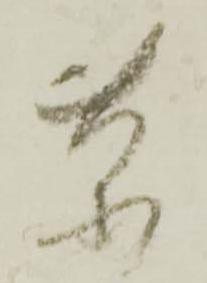
茶